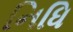
નિધિ